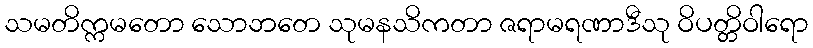
သမတိက္ကမတော သောဘတေ သုမနသိကတာ ဇရာမရဏာဒီသု ဝိပတ္တိဝါရော